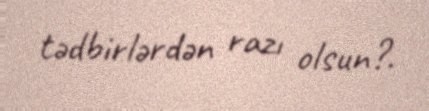
tədbirlərdən razı olsun?.